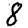
Digit: 8